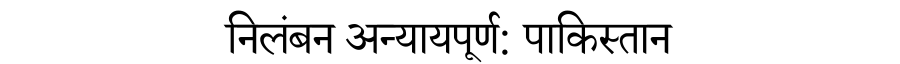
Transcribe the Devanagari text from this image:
निलंबन अन्यायपूर्ण: पाकिस्तान